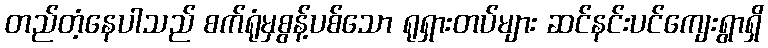
တည်တံ့နေပါသည် စက်ရုံမှစွန့်ပစ်သော ရုရှားတပ်များ ဆင်နင်းပင်ကျေးရွာရှိ